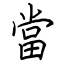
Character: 當